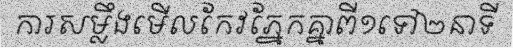
ការសម្លឹងមើលកែវភ្នែកគ្នាពី១ទៅ២នាទី